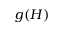
g ( H )